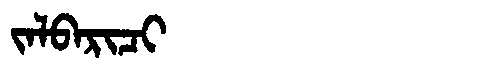
Manchu: ᠵᠠᠯᠪᠠᡵᡳᠴᡳ
Romanization: JALBARICI